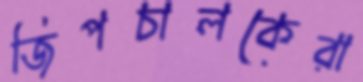
জিপচালকেরা